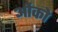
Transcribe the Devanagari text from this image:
ओंको